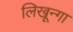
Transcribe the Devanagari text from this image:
लिखून्गा